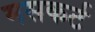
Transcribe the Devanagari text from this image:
मसकर्ट